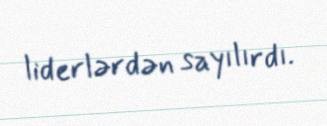
liderlərdən sayılırdı.